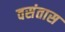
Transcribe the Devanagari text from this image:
वसंतास